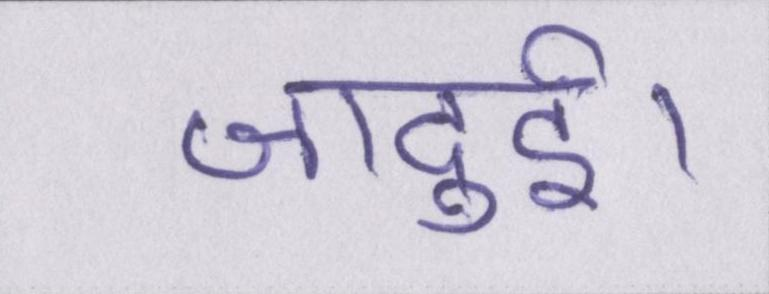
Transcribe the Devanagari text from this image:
जादुई।